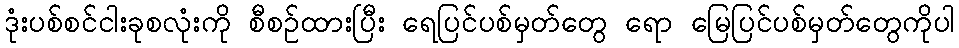
ဒုံးပစ်စင်ငါးခုစလုံးကို စီစဉ်ထားပြီး ရေပြင်ပစ်မှတ်တွေ ရော မြေပြင်ပစ်မှတ်တွေကိုပါ